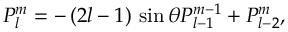
P _ { l } ^ { m } = - \, ( 2 l - 1 ) \, \sin { \theta } P _ { l - 1 } ^ { m - 1 } + P _ { l - 2 } ^ { m } ,